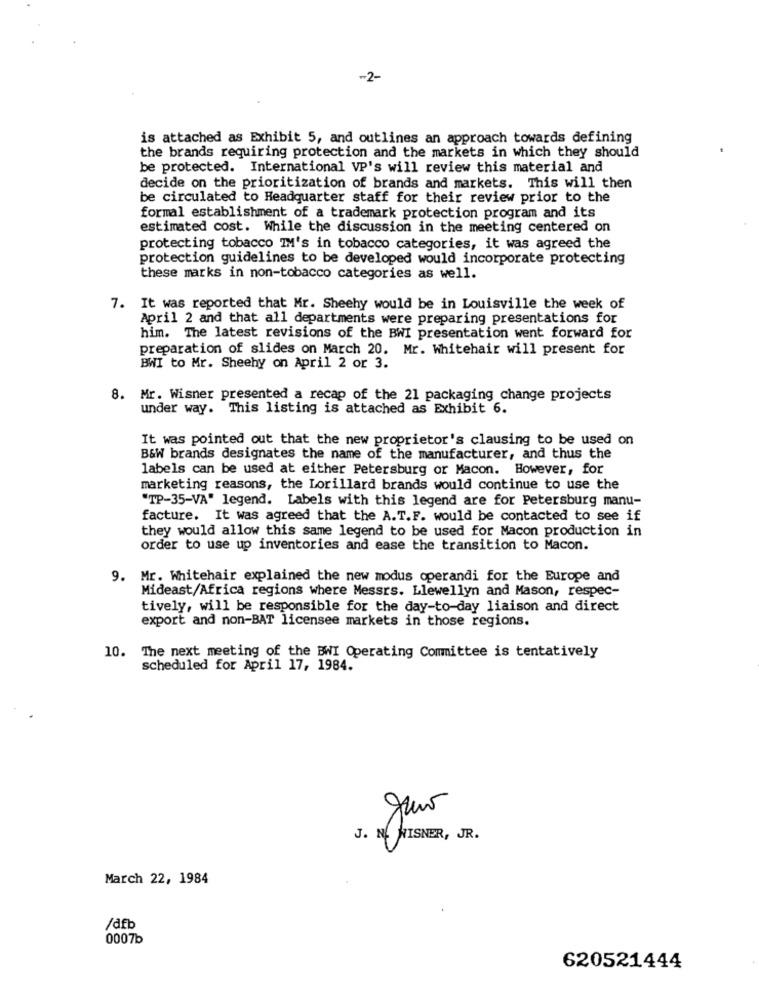
-2-
is attached as Exhibit 5, and outlines an approach towards defining
the brands requiring protection and the markets in which they should
be protected. International VP's will review this material and
decide on the prioritization of brands and markets. This will then
be circulated to Headquarter staff for their review prior to the
formal establishment of a trademark protection program and its
estimated cost. While the discussion in the meeting centered on
protecting tobacco IM's in tobacco categories, it was agreed the
protection guidelines to be developed would incorporate protecting
these marks in non-tobacco categories as well.
7. It was reported that Mr. Sheehy would be in Louisville the week of
April 2 and that all departments were preparing presentations for
him. The latest revisions of the BWI presentation went forward for
preparation of slides on March 20. Mr. whitehair will present for
BWI to Mr. Sheehy on April 2 or 3.
8. Mr. Wisner presented a recap of the 21 packaging change projects
under way. This listing is attached as Exhibit 6.
It was pointed out that the new proprietor's clausing to be used on
B&W brands designates the name of the manufacturer, and thus the
labels can be used at either Petersburg or Macon. However, for
marketing reasons, the Lorillard brands would continue to use the
"TP-35-VA" legend. Labels with this legend are for Petersburg manu-
facture. It was agreed that the A.T.F. would be contacted to see if
they would allow this same legend to be used for Macon production in
order to use up inventories and ease the transition to Macon.
9. Mr. Whitehair explained the new modus operandi for the Europe and
Mideast/Africa regions where Messrs. Llewellyn and Mason, respec-
tively, will be responsible for the day-to-day liaison and direct
export and non-BAT licensee markets in those regions.
10. The next meeting of the BWI Operating Committee is tentatively
scheduled for April 17, 1984.
J. N. WISNER, JR.
March 22, 1984
/dfb
0007b
620521444